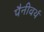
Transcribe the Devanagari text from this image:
पैनीवर्थ